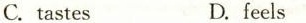
C.tastes D.feels